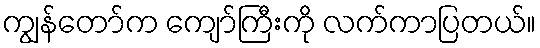
ကျွန်တော်က ကျော်ကြီးကို လက်ကာပြတယ်။